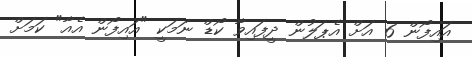
އައިފޯން 6 އަށް އެޕަލުން ދީފައިވާ ކޯޑް ނަމަކީ "އައިފޯން އެއާ" ކަމަށް